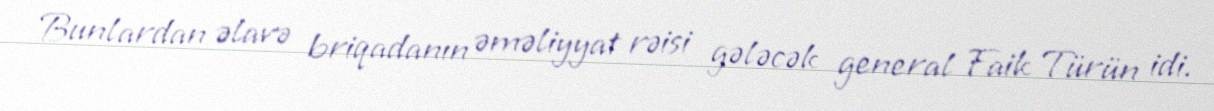
Bunlardan əlavə briqadanın əməliyyat rəisi gələcək general Faik Türün idi.